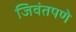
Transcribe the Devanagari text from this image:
जिवंतपणे